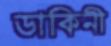
ডাকিনী